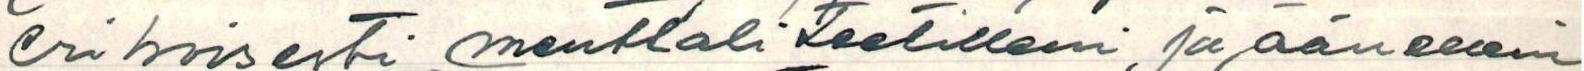
erikoisesti menttaliteetilleni ja äänelleni